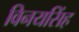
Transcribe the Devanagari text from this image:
विनयसिंह